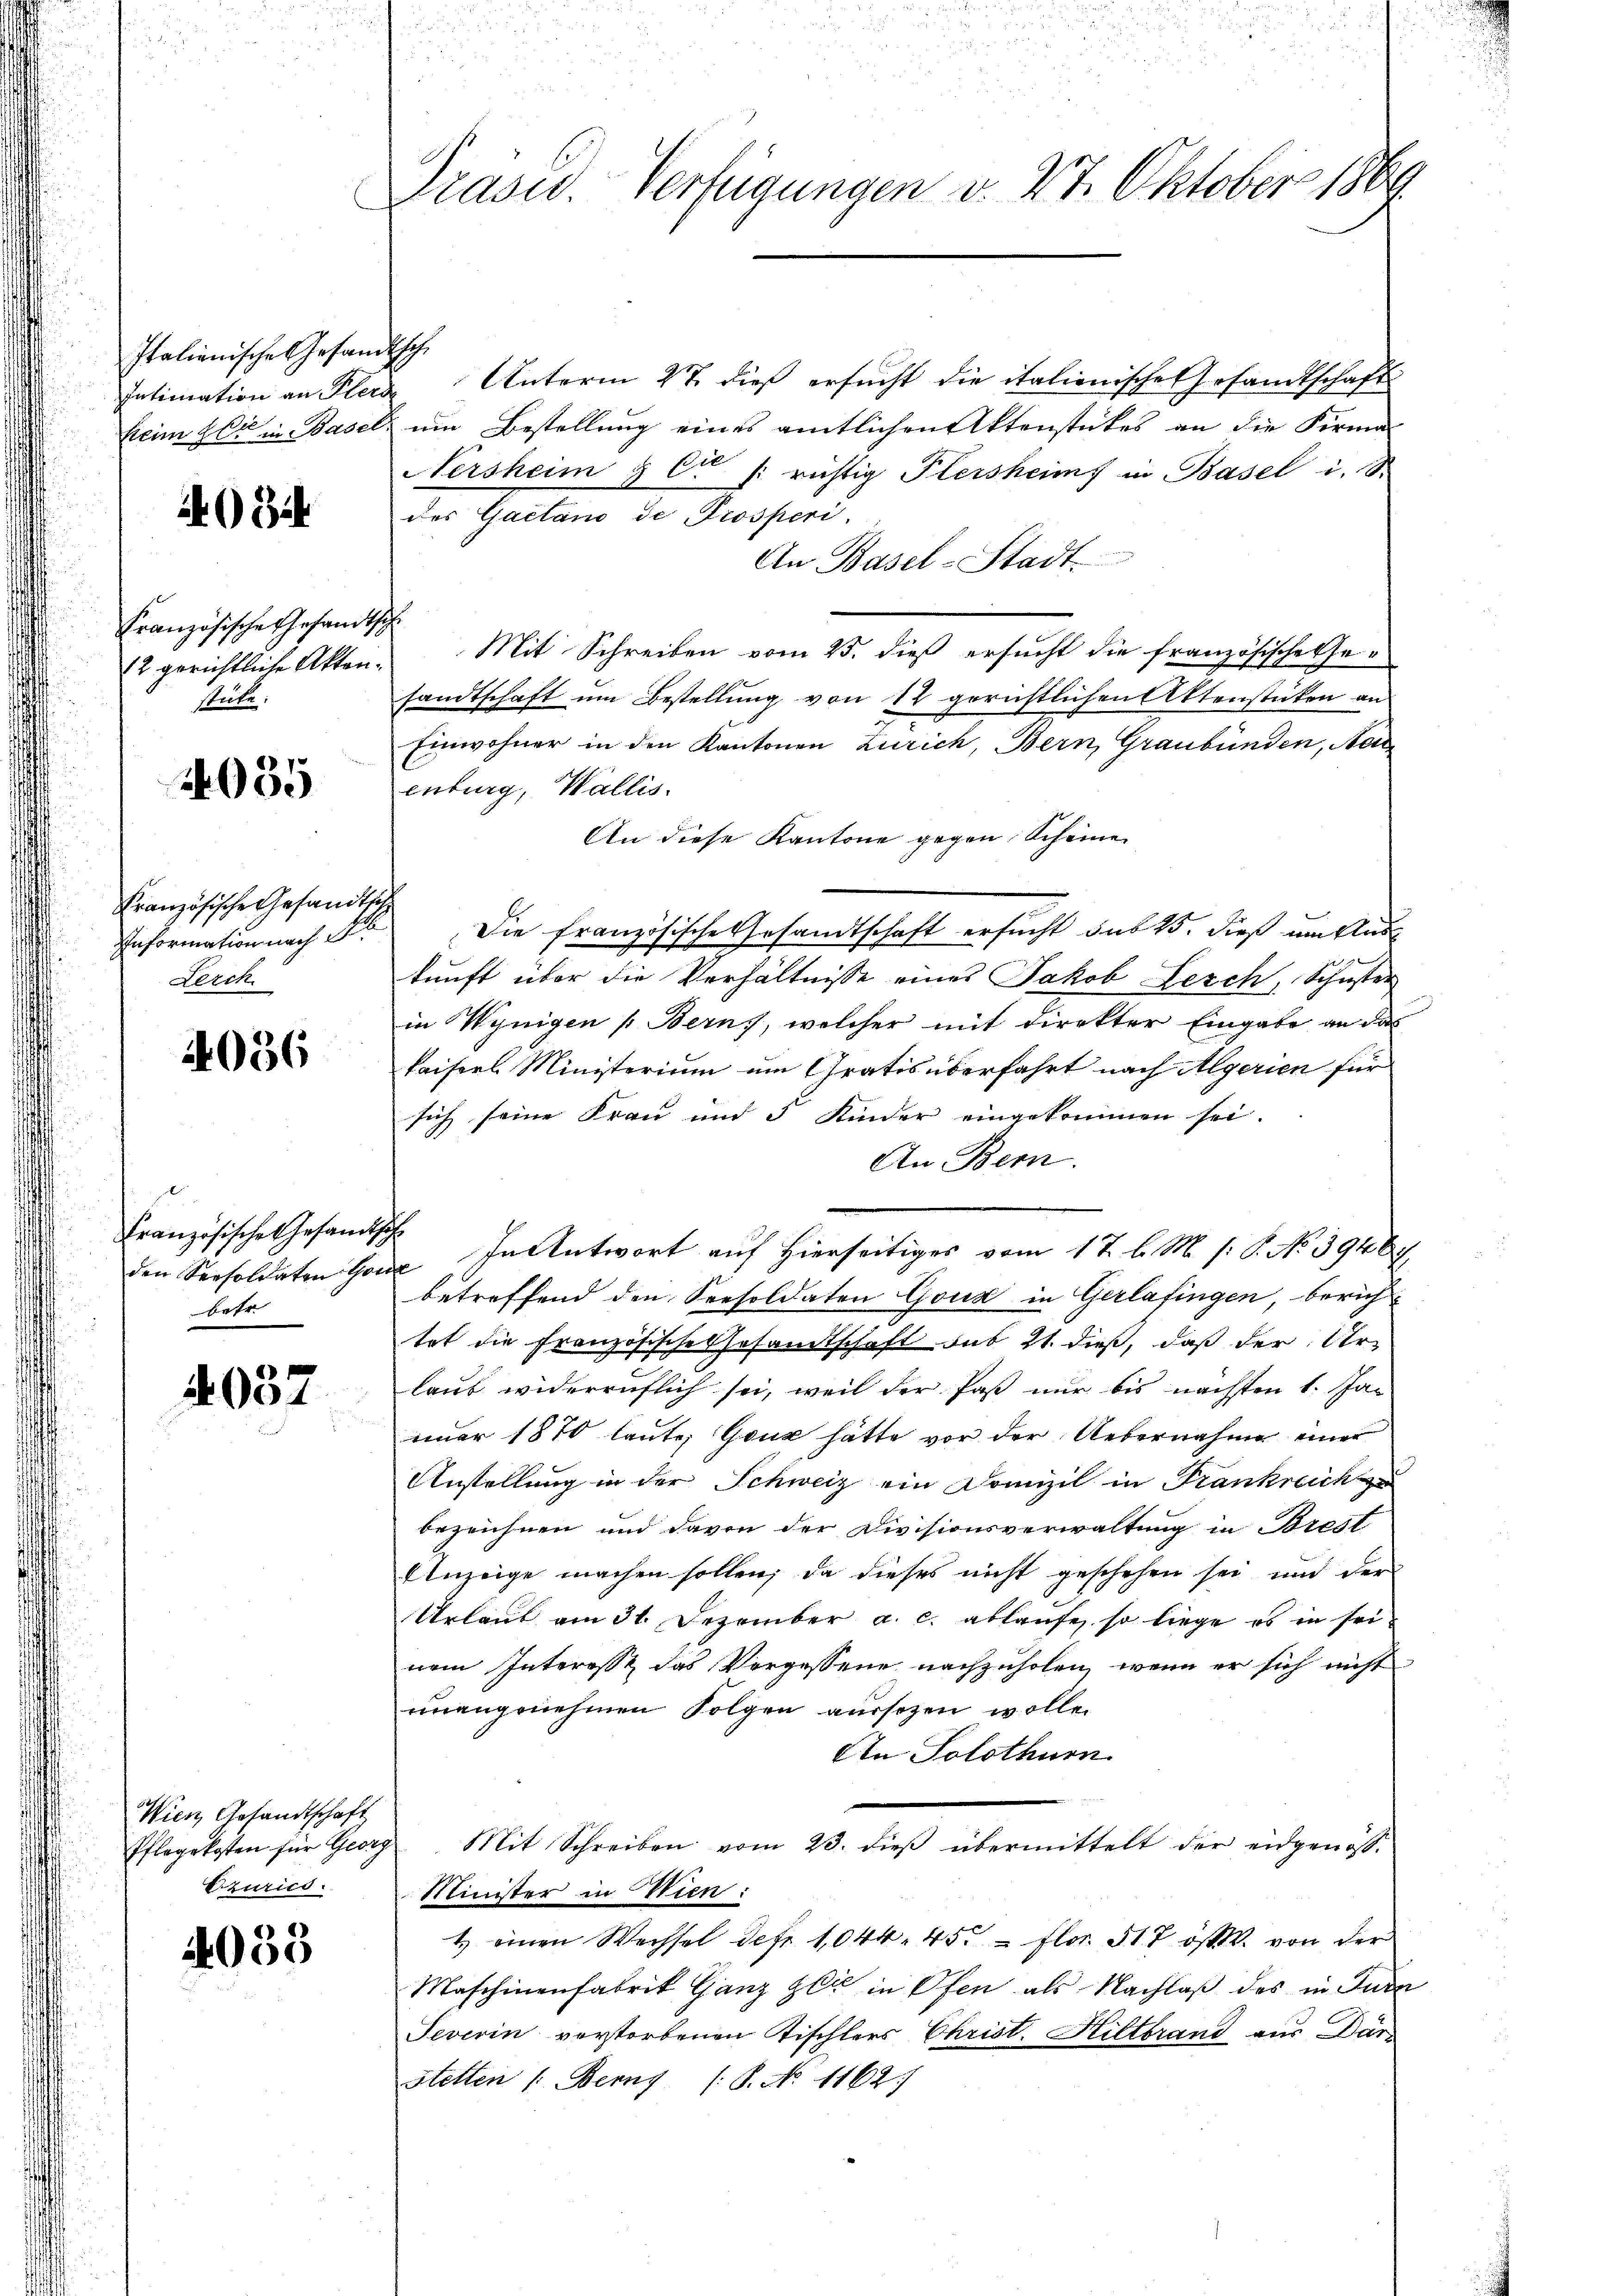
Italienische Gesandtsch

4084

Französische Gesandtsche
stute.

2035

Französische Gesandts
Information nach
Lerch

4036

Französische Gesandtsch
bahr

4037

12 Gesandtschaft
fte
Ezurico.

4033

Prasid. Verfügungen v. 27. Oktober 1869

Intimation an Pleide Unterm 27. dieß ersucht die italienische Gesandtschafts
kein 20 in Basel um Bestellung eines amtlichen Aktenstückes an die Firma
Nersheim § Cr /: richtig Plersheims in Basel i. S.
des Gaetano de Prosperi
An Basel-Stadt
(2 gerichtliche Akten. Mit Schreiben vom 25. dieß ersucht die französische Gesandtschaft um Bestellung von 12 gerichtlichen Aktenstücken an
Einwohner in den Kantonen Zürich, Bern, Graubünden, Neu
enburg, Wallis.
An diese Kantone gegen Scheine
d
Die Französische Gesandtschaft ersucht aus 15. dieß um Auskunft über die Verhältnisse eines Jakob Lerch, Schuster
in Wynigen (Bern, welcher mit direkter Eingabe an das
kaisers Ministerium um Gratis überfahrt nach Algerien für
sich seine Frau und 5 Kinder eingekommen sei.
An Bern.
in Seesoldaten H. In Antwort auf Hierseitiges vom 17. l. M. (: P. No 39467
betreffend den Seesoldaten Gous in Gerlafingen, berichtet die Französische Gesamtschaft sub 21. dieß, daß der Ur-
laut widerruflich sei, weil der Paß nur bis nächsten 1. Jan
einer 1870 laute; Ganz hätte vor der Uebernahme einer
Anstellung in der Schweiz ein Domizil in Frankreich
bezeichnen und davon der Divisionsverwaltung in Brest
Anzeige machen sollen; da dieses nicht geschehen sei und der
Urlaut am 31. Dezember a. c. ablaufe, so liege es in seinem Interesse das Vorgessene nachzuholen, wenn er sich nicht
unangenehmen Folgen aussezen wolle.
An Solothurn
kosten für Georg Mit Schreiben vom 23. dieβ übermittelt der eidgenos-
Minister in Wien:
4 einen Wechsel defr. 1044. 455 = Flor. 517 öst. von der
Maschinenfabrik Ganz zu in Ofen als Nachlaß des in Jude
Jeverin verstorbenen Tischlers Christ. Hiltbrand aus Dar-
stetten 1. Berns (S. No 1162.